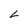
Character: L